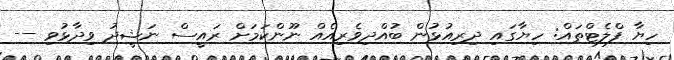
ހިޔާ ފްލެޓްތައް: ހިޔާގައި ދިރިއުޅުން ބުއްދިވެރިއެއް ނޫންކަމަށް ރައީސް ނަޝީދު ވިދާޅުވި --